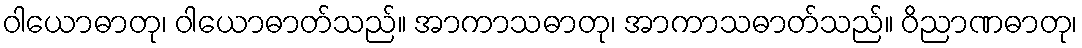
ဝါယောဓာတု၊ ဝါယောဓာတ်သည်။ အာကာသဓာတု၊ အာကာသဓာတ်သည်။ ဝိညာဏဓာတု၊